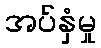
အပ်နှံမှု